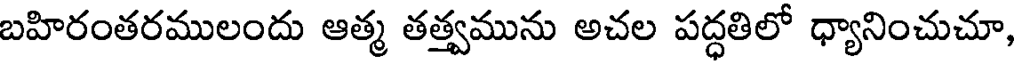
బహిరంతరములందు ఆత్మ తత్త్వమును అచల పద్ధతిలో ధ్యానించుచూ,